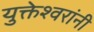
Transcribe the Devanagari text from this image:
युक्तेश्वरांनी